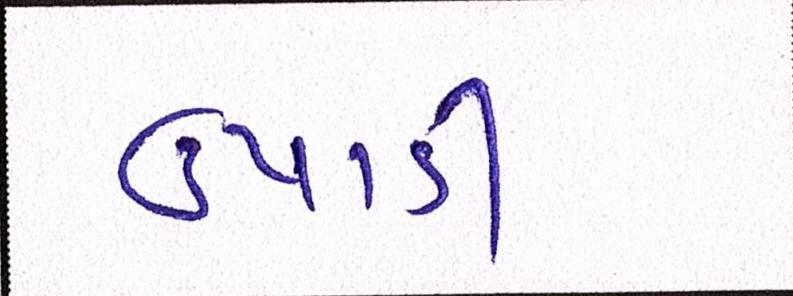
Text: ઉપાડી